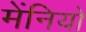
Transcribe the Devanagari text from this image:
मेंनियो